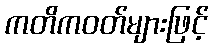
ကတိကဝတ်များဖြင့်